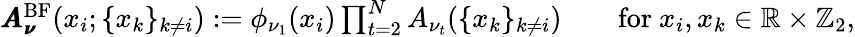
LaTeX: \begin{array}{r}{\pmb{A}_{\pmb{\nu}}^{\mathrm{BF}}(x_{i};\{ x_{k}\} _{k\neq i}):=\phi_{\nu_{1}}(x_{i})\prod_{t=2}^{N}A_{\nu_{t}}(\{ x_{k}\} _{k\neq i})\qquad\mathrm{for}~x_{i},x_{k}\in\mathbb{R}\times\mathbb{Z}_{2},}\end{array}